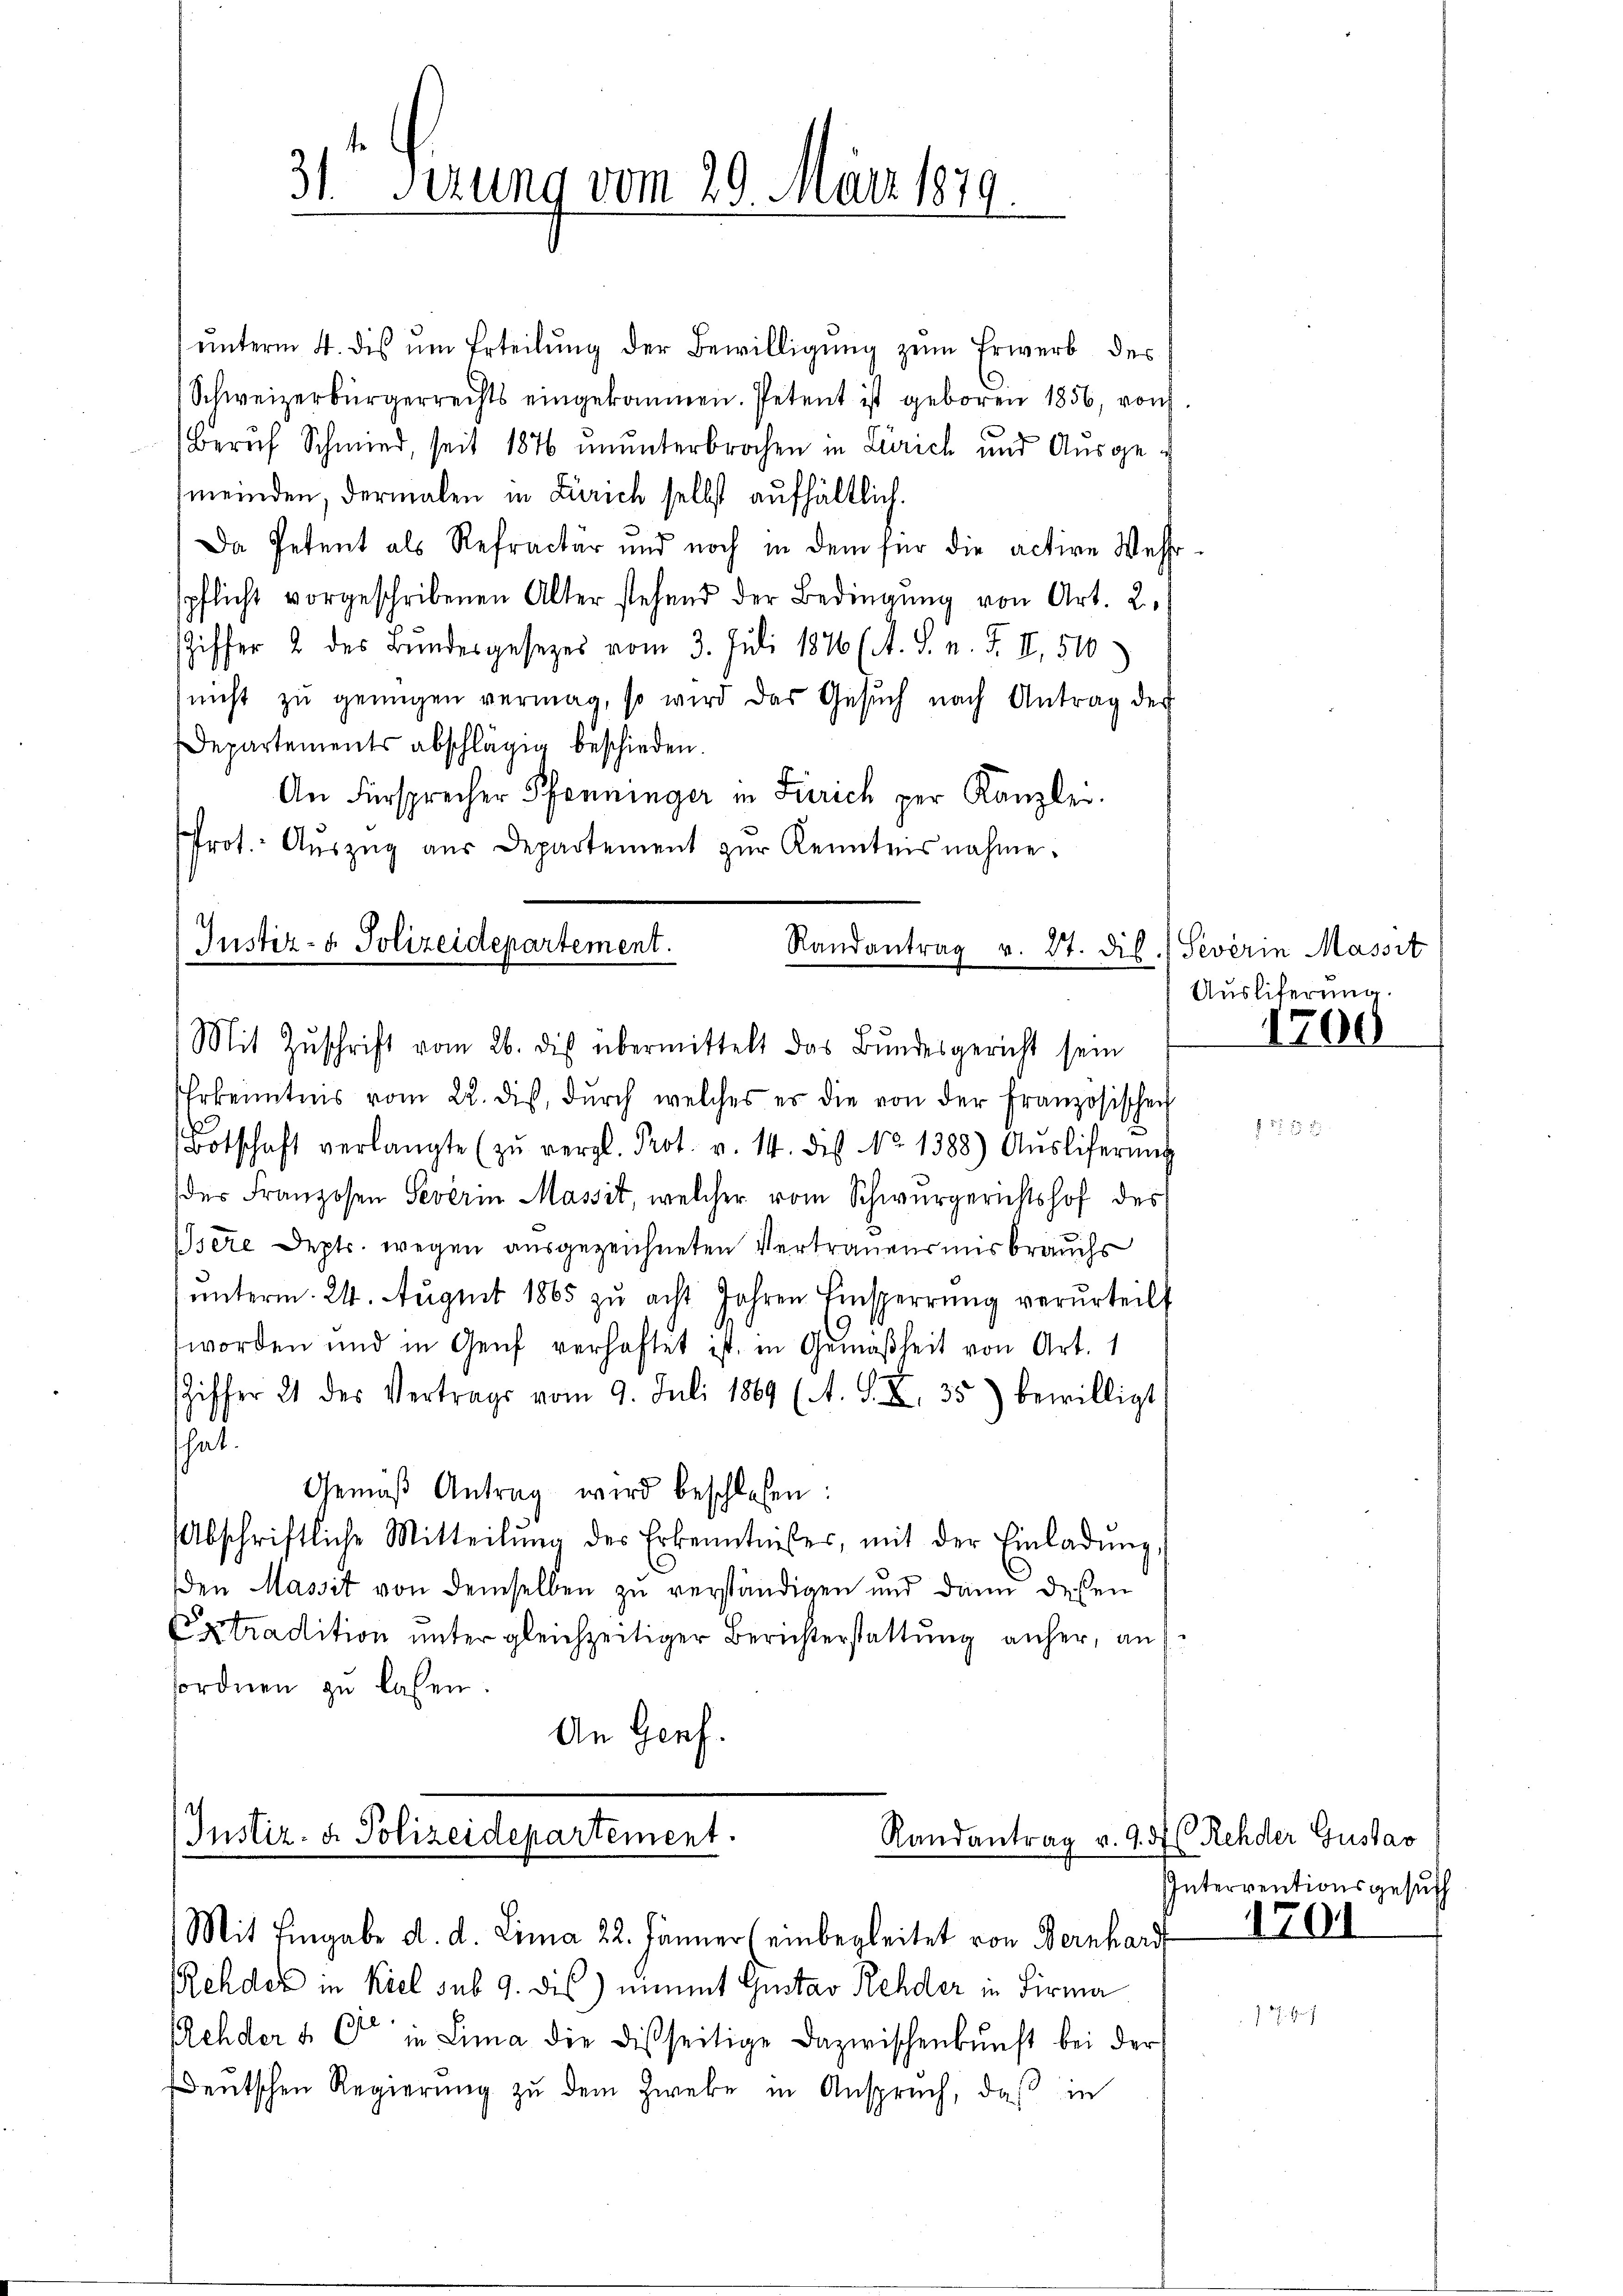
ŭnterm 4. dis um Erteilŭng der Bewilligŭng zum Erwerb des
Schweizerbürgerrechts eingekommen. Petent ist geboren 1856, von
Beruf Schmied, seit 1876 ununterbrochen in Zürich und Ausgemeinden, dermalen in Zürich selbst aufhältlich.
Da Petent als Refractur und noch in dem für die active Wehr-
spflicht vorgeschribenen Alter stehend der Bedingŭng von Art. 2,
Ziffer 2 des Bŭndesgesezes vom 3. Juli 1876 (A. S. n. F. II, 510)
nicht zŭ genügen vermag, so wird das Gesŭch nach Antrag der
Departements abschlägig beschieden.
An Fürsprecher Pfenninger in Zürich per Kanzlei.
Prot. Aŭszŭg aŭs Departement zŭr Kenntnisnahme.
Justiz- & Polizeidepartement.
Randantrag v. 27. die ./ Severin Massit

31t Serung vom 29. März 1879.

Mit Zŭschrift vom 26. dis übermittelt das Bundesgericht sein

Erkenntnis vom 22. des, dŭrch welches es die von der Französischen
Botschaft verlangte (zŭ vergl. Prot. v. 14. dis No. 1388) Aŭsliferŭng
der Franzosen Severin Massit, welcher vom Schwurgerichtshof des
Osere Depts wegen ausgezeichneten Vertrauensmisbrauchs
unterm 24. August 1865 zu acht Jahren Einsperrŭng verurteilt
worden und in Genf verhaftet ist, in Gemäßheit von Art. 1
Ziffer 21 des Vertrags vom 9. Juli 1869 (A. S. Z. 35) bewilligt
hat.
Gemäß Antrag wird beschlossen:
Abschriftliche Mitteilŭng des Erkenntnißes, mit der Einladŭng,
den Massit von demselben zu verständigen und dann dessen
Extradition unter gleichzeitiger Berichterstattung anher, an
sordnen zu lassen
An Genf.

Justiz- & Polizeidepartement.
Randantrag v. 9. d
Mit Eingabe d. d. Lina 22. Jänner (einbegleitet von Bernhard 704

Rehder in Kiel sub 9. dies nimmt Gustav Rehder in Firma
chder & Cie in Lima die disseitige Dazwischenkunft bei der
deutschen Regierŭng zŭ dem Zweke in Anspruch, daβ in

Ausliferung.

1700

S. 29

Rehder Gustav
Interventionsgesuch

J. Scha